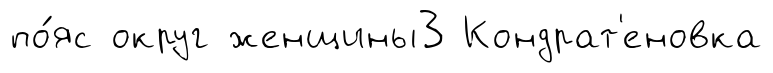
по́яс округ женщины3 Кондрат'еновка